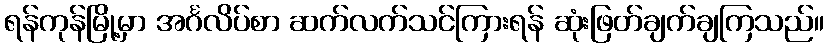
ရန်ကုန်မြို့မှာ အင်္ဂလိပ်စာ ဆက်လက်သင်ကြားရန် ဆုံးဖြတ်ချက်ချကြသည်။